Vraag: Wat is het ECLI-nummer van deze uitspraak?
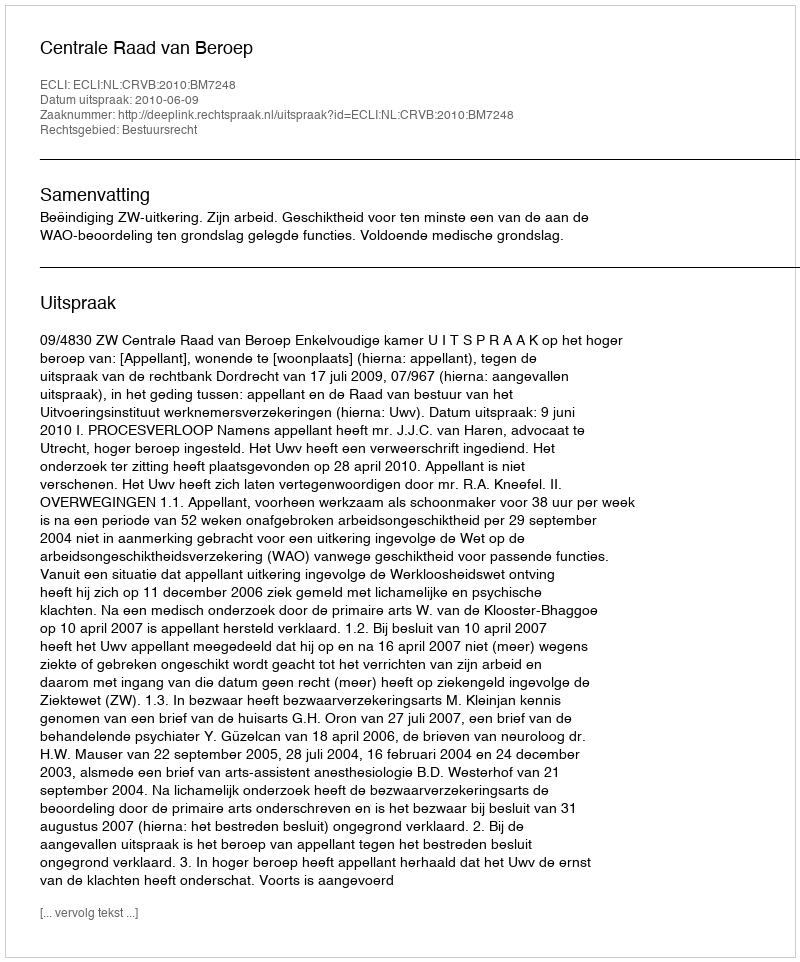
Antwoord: ECLI:NL:CRVB:2010:BM7248